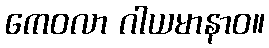
ကေဝလာ ဂါယမာနာဝ။